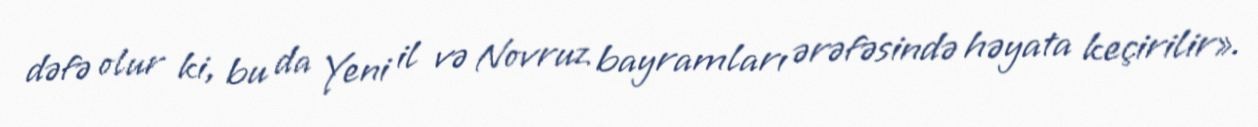
dəfə olur ki, bu da Yeni il və Novruz bayramları ərəfəsində həyata keçirilir».